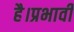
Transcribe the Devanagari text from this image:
है।प्रभावी